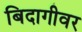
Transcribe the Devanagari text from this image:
बिदागीवर